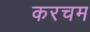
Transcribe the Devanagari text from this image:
करचम